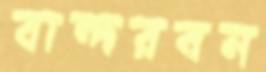
বান্দরবন